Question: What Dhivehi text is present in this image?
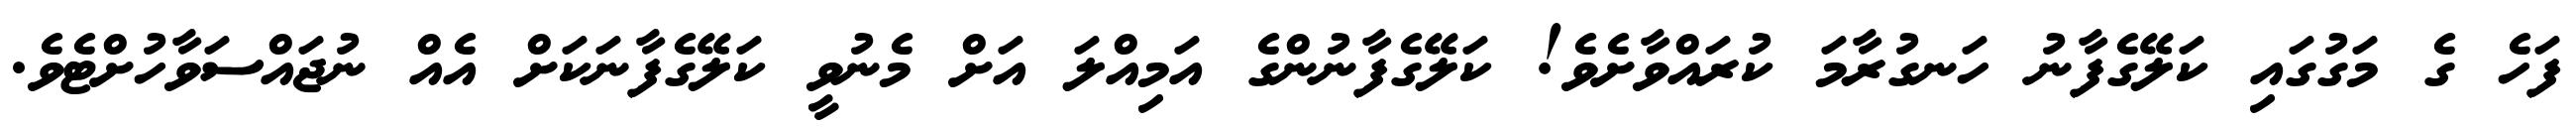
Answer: ފަހެ ގެ މަގުގައި ކަލޭގެފާނު ހަނގުރާމަ ކުރައްވާށެވެ! ކަލޭގެފާނުންގެ އަމިއްލަ އަށް މެނުވީ ކަލޭގެފާނަކަށް އެއް ނުޖައްސަވާހުށްޓެވެ.